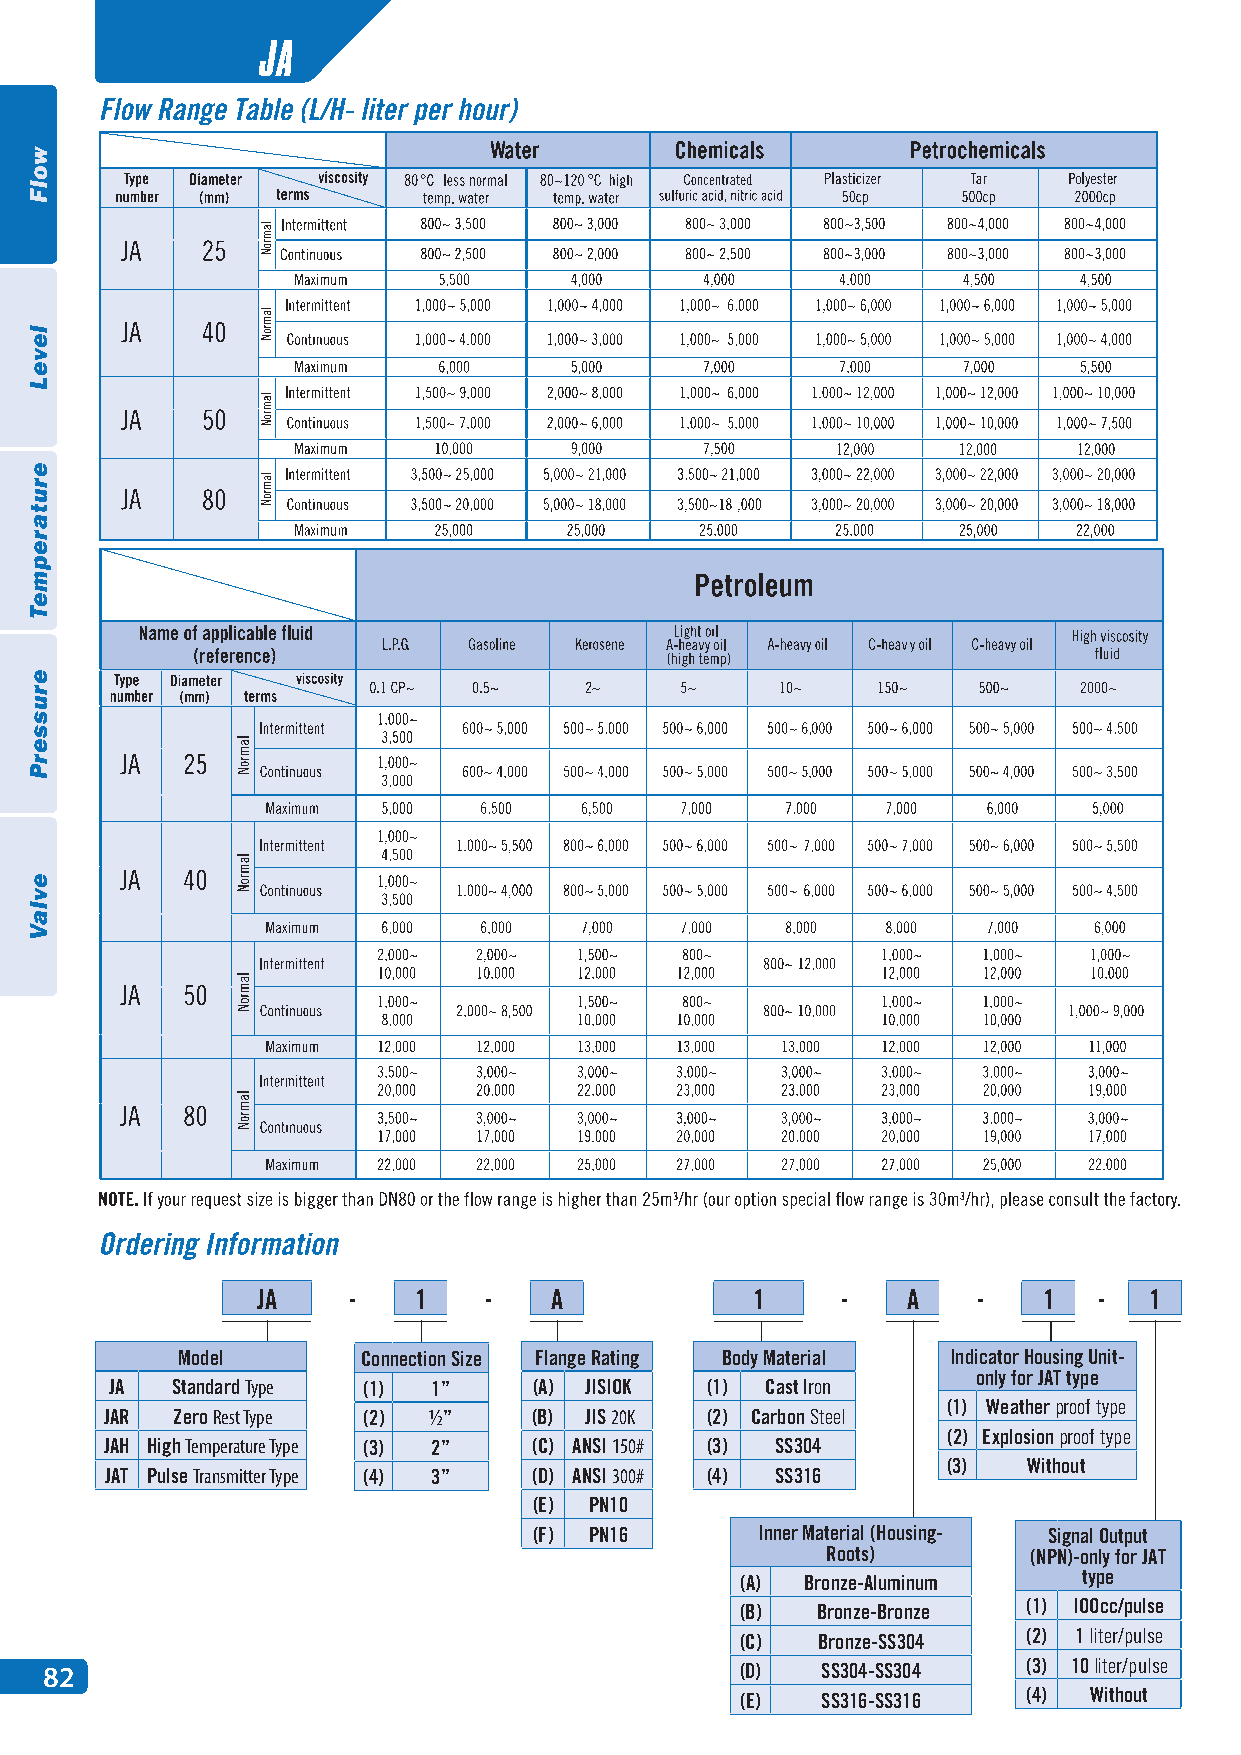
JA
 JA    -   1    -   A             1     -   A    -   1   -  1
 Model       Connection Size Flange Rating Body Material Indicator Housing Unit-
 only for JAT type
 JA  Standard Type (1) 1”    (A) JISIOK  (1) Cast Iron
 (1) Weather proof type
 JAR Zero Rest Type (2) ½”   (B) JIS 20K (2) Carbon Steel
 (2) Explosion proof type
 JAH High Temperature Type (3) 2” (C) ANSI 150# (3) SS304
 (3)  Without
 JAT Pulse Transmitter Type (4) 3” (D) ANSI 300# (4) SS316
 (E) PN10
 (F) PN16       Inner Material (Housing- Signal Output
 Roots)       (NPN)-only for JAT
 (A) Bronze-Aluminum pulse pt uy lp se e
 (B)  Bronze-Bronze (1) lOOcc/pulse
 pulse
 (C)  Bronze-SS304  (2) 1 liter/pulse
 82                                            (D)  SS304-SS304   (3) 10 liter/pulse
 (E)  SS316-SS316   (4) Without
 wolF
 leveL
 erutarepmeT
 erusserP
 evlaV